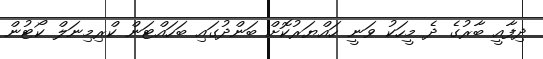
ދިފާއީ ބާރުގެ ދެ މީހަކު ވަނީ ހައްޔަރުކޮށް ބަންދުގައި ބަހައްޓަން ކްރިމިނަލް ކޯޓުން